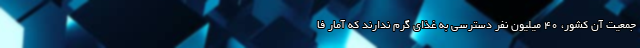
جمعیت آن کشور، 40 میلیون نفر دسترسی به غذای گرم ندارند که آمار فا